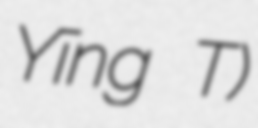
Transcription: Yīng Tǎ)